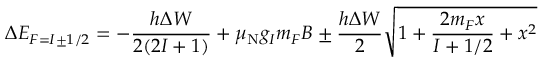
\Delta E _ { F = I \pm 1 / 2 } = - { \frac { h \Delta W } { 2 ( 2 I + 1 ) } } + \mu _ { \mathrm { { N } } } g _ { I } m _ { F } B \pm { \frac { h \Delta W } { 2 } } { \sqrt { 1 + { \frac { 2 m _ { F } x } { I + 1 / 2 } } + x ^ { 2 } } }